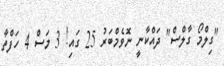
"ގިލްމޯ ގާލްސް" ދައްކާނީ ނޮވެމްބަރު 25 ގައި! 3 މަސް 4 ހަފްތާ